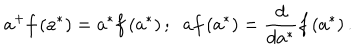
a ^ { + } f \left( a ^ { \ast } \right) = a ^ { \ast } f \left( a ^ { \ast } \right) ; \; \; a f \left( a ^ { \ast } \right) = \frac { d } { d a ^ { \ast } } f \left( a ^ { \ast } \right) .